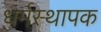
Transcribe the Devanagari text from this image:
धर्मस्थापक